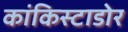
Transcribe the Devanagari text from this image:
कांकिस्टाडोर